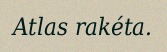
Atlas rakéta.